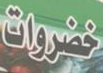
خضروات